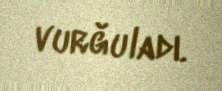
vurğuladı.